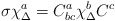
\begin{align*}\sigma \chi^a_\Delta = C^a_{bc} \chi^b_\Delta C^c\end{align*}